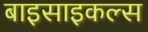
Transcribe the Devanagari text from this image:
बाइसाइकल्स